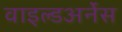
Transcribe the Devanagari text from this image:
वाइल्डअर्नेस